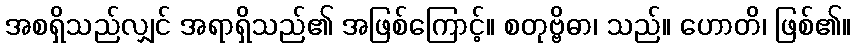
အစရှိသည်လျှင် အရာရှိသည်၏ အဖြစ်ကြောင့်။ စတုဗ္ဗိဓာ၊ သည်။ ဟောတိ၊ ဖြစ်၏။